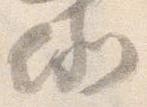
例